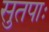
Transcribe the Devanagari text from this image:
सुतपाः